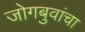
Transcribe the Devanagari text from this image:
जोगबुवांचा